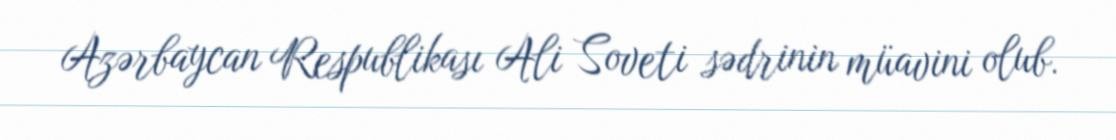
Azərbaycan Respublikası Ali Soveti sədrinin müavini olub.